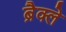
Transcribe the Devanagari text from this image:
ब्रैक्ले